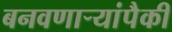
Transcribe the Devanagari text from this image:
बनवणार्‍यांपैकी